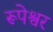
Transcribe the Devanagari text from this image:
रूपेश्वर